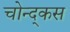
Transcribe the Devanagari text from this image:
चोन्द्कस